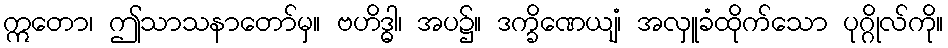
ဣတော၊ ဤသာသနာတော်မှ။ ဗဟိဒ္ဓါ၊ အပ၌။ ဒက္ခိဏေယျံ၊ အလှူခံထိုက်သော ပုဂ္ဂိုလ်ကို။